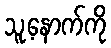
သူ့နောက်ကို